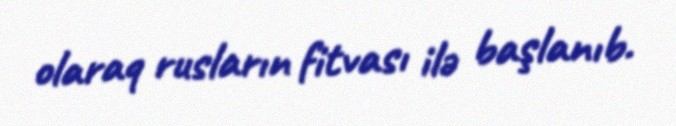
olaraq rusların fitvası ilə başlanıb.